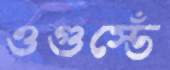
ওগুস্তেঁ